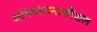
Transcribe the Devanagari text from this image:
अभिव्यंजनाकौशल